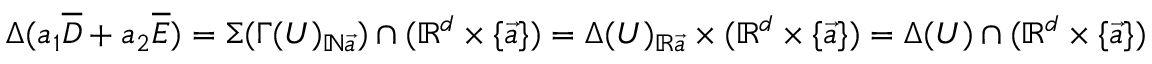
\Delta ( a _ { 1 } \overline { { D } } + a _ { 2 } \overline { { E } } ) = \Sigma ( \Gamma ( U ) _ { \mathbb { N } \vec { a } } ) \cap ( \mathbb { R } ^ { d } \times \{ \vec { a } \} ) = \Delta ( U ) _ { \mathbb { R } \vec { a } } \times ( \mathbb { R } ^ { d } \times \{ \vec { a } \} ) = \Delta ( U ) \cap ( \mathbb { R } ^ { d } \times \{ \vec { a } \} )